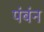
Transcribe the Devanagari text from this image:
पंबंन